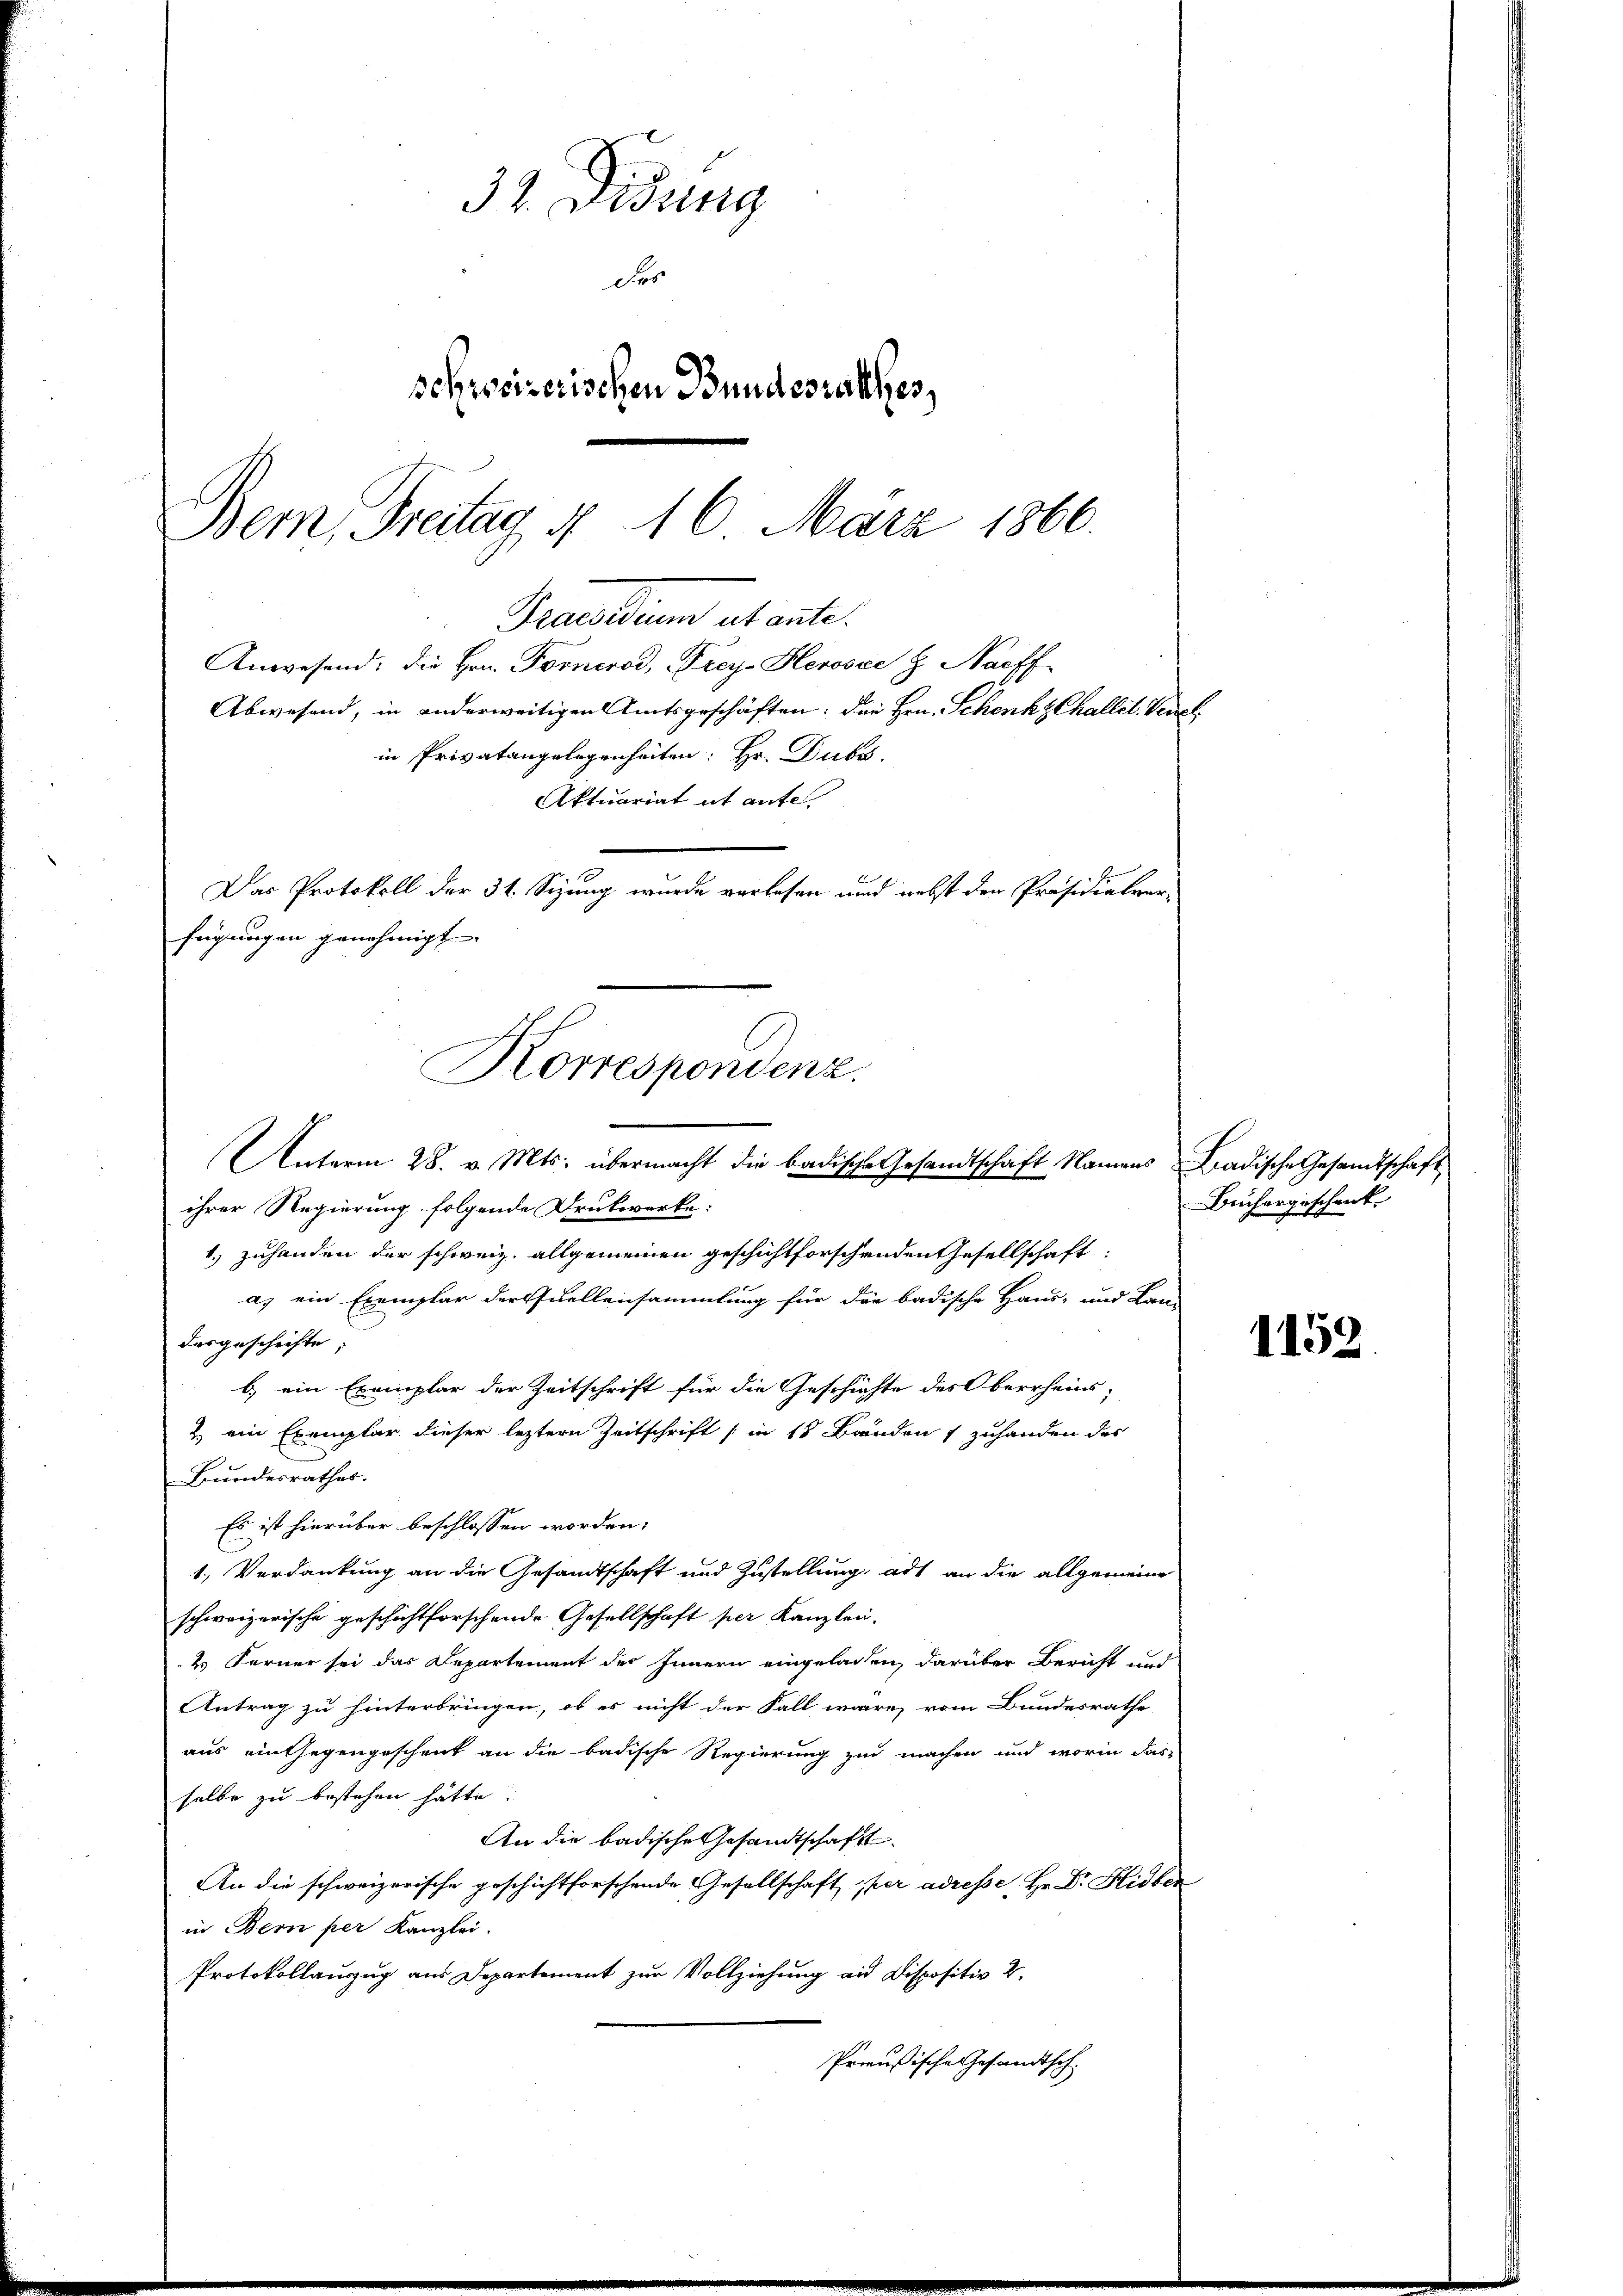
32. Didung
des
schweizerischen Bundesrathes,
Bemn Freitag § 16 März 1866.
Praesidium ab ante.

fügungen genehmigt
Korrespondenz.
Unterm 28. v. Mts. übermacht die badische Gesandtschaft Namens Badische Gesandtschaft,

ihrer Regierung folgende Drukwerke:
1.) zuhanden der schweiz. allgemeinen geschichtforschenden Gesellschaft:
a) ein Exemplar der Quellensammlung für die badische Haus- und Lan-
dargeschichte,
b.) ein Exemplar der Zeitschrift für die Geschichte des Oberrheins,
2. ein Exemplar dieser leztern Zeitschrift (in 18 Brunden 1 zuhanden der
Bundesrathes.
Es ist hierüber beschlossen worden.
1. Verdankung an die Gesandtschaft und Zustellung ad an die allgemeine
schweizerische geschichtsforschende Gesellschaft per Kanzlei-
2. Ferner sei das Departement des Innern eingeladen, darüber Bericht und
Antrag zu hinterbringen, ob es nicht der Fall wäre, vom Bundesrathe
aus eintegengeschenk an die badische Regierung zu machen und worin das
selbe zu bestehen hätte.
An die badische Gesandtschaft
An die schweizerische geschichtforschende Gesellschaft per adresse Hr. Dr. Hidber
in Bern per Kanzlei.
Protokollauzug aus Departement zur Vollziehung an Dispositiv 2.
Preußische Gesandtsch- |

Anwesend: die Hrn. Fornerod, Frey-Herosie h. Nachf
Abwesend, in anderweitigen Amtsgeschäften: die Hrn. Schenk ZChallet. Verzel
in Privatangelegenheiten: Hr. Dubs
Aktuariat it ante
Das Protokoll der 34. Sizung wurde verlesen und nebst der Präsidialen

Buchargeschenk

1152